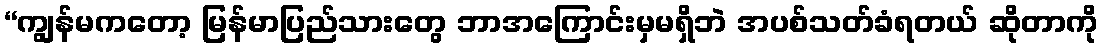
“ကျွန်မကတော့ မြန်မာပြည်သားတွေ ဘာအကြောင်းမှမရှိဘဲ အပစ်သတ်ခံရတယ် ဆိုတာကို